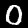
Digit: 0